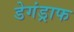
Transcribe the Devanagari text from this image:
डेगंड्राफ